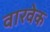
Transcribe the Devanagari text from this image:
वारवेक